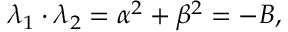
\lambda _ { 1 } \cdot \lambda _ { 2 } = \alpha ^ { 2 } + \beta ^ { 2 } = - B ,